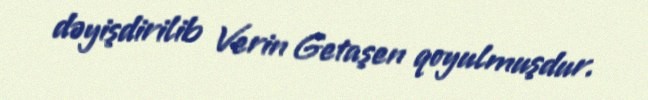
dəyişdirilib Verin Getaşen qoyulmuşdur.